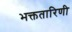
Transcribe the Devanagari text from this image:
भक्ततारिणी